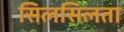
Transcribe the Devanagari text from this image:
सिलसिलता